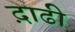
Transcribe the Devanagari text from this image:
द़ाढी